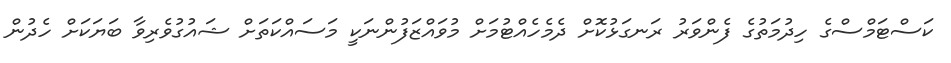
ކަސްޓަމްސްގެ ހިދުމަތުގެ ފެންވަރު ރަނގަޅުކޮށް ދެމެހެއްޓުމަށް މުވައްޒަފުންނަކީ މަސައްކަތަށް ޝައުގުވެރިވާ ބަޔަކަށް ހެދުން